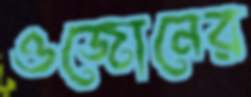
ওজোনের